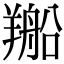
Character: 𦏂